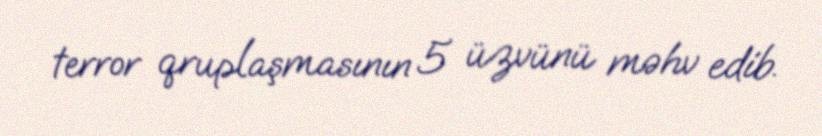
terror qruplaşmasının 5 üzvünü məhv edib.